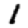
Digit: 1